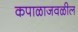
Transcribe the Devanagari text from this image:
कपाळाजवळील